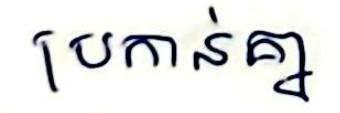
ប្រកាន់គ្នា